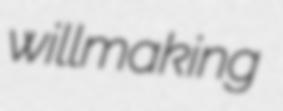
willmaking